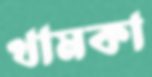
খামকা